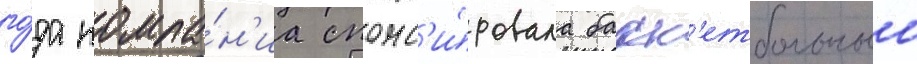
го́да компа́н'иа спонс'и́ровала баск'етбольныи